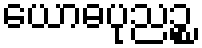
ယောဓပုညဉ္စ